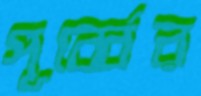
পূর্ব্বের